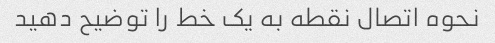
نحوه اتصال نقطه به یک خط را توضیح دهید